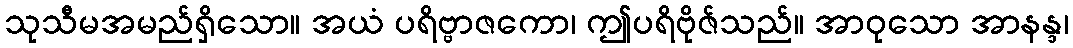
သုသီမအမည်ရှိသော။ အယံ ပရိဗ္ဗာဇကော၊ ဤပရိဗိုဇ်သည်။ အာဝုသော အာနန္ဒ၊